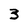
Character: 3